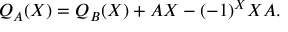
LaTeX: Q _ { A } ( X ) = Q _ { B } ( X ) + A X - ( - 1 ) ^ { X } X A .